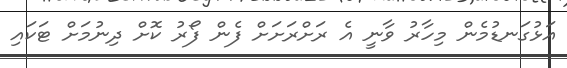
އަޅުގަނޑުމެން މިހާރު ވާނީ އެ ރަށްރަށަށް ފެން ފޯރު ކޮށް ދިނުމަށް ޓަކައި